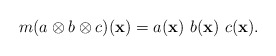
\begin{align*}m(a\otimes b\otimes c){({\bf x)}}=a({\bf x})\,\,b({\bf x})\,\,c({\bf x}).\end{align*}